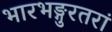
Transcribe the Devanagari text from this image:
भारभङ्गुरतरां